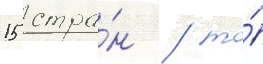
15 стра́н / то́